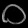
Digit: ၀